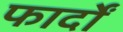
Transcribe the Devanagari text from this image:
फार्दों